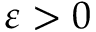
\varepsilon > 0